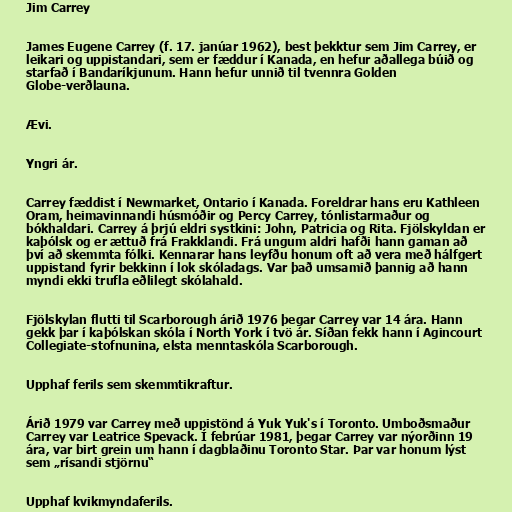
Jim Carrey

James Eugene Carrey (f. 17. janúar 1962), best þekktur sem Jim Carrey, er
leikari og uppistandari, sem er fæddur í Kanada, en hefur aðallega búið og
starfað í Bandaríkjunum. Hann hefur unnið til tvennra Golden
Globe-verðlauna.

Ævi.

Yngri ár.

Carrey fæddist í Newmarket, Ontario í Kanada. Foreldrar hans eru Kathleen
Oram, heimavinnandi húsmóðir og Percy Carrey, tónlistarmaður og
bókhaldari. Carrey á þrjú eldri systkini: John, Patricia og Rita. Fjölskyldan er
kaþólsk og er ættuð frá Frakklandi. Frá ungum aldri hafði hann gaman að
því að skemmta fólki. Kennarar hans leyfðu honum oft að vera með hálfgert
uppistand fyrir bekkinn í lok skóladags. Var það umsamið þannig að hann
myndi ekki trufla eðlilegt skólahald.

Fjölskylan flutti til Scarborough árið 1976 þegar Carrey var 14 ára. Hann
gekk þar í kaþólskan skóla í North York í tvö ár. Síðan fekk hann í Agincourt
Collegiate-stofnunina, elsta menntaskóla Scarborough.

Upphaf ferils sem skemmtikraftur.

Árið 1979 var Carrey með uppistönd á Yuk Yuk's í Toronto. Umboðsmaður
Carrey var Leatrice Spevack. Í febrúar 1981, þegar Carrey var nýorðinn 19
ára, var birt grein um hann í dagblaðinu Toronto Star. Þar var honum lýst
sem „rísandi stjörnu“

Upphaf kvikmyndaferils.